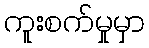
ကူးစက်မှုမှာ